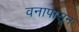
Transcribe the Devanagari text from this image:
वनापासून